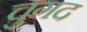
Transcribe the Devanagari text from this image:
चुगद